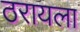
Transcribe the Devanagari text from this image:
ठरायला